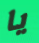
يا